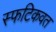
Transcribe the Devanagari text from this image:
स्फटिकवत